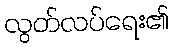
လွတ်လပ်ရေး၏